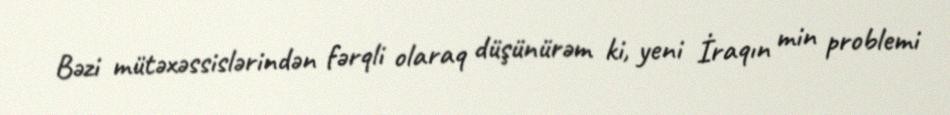
Bəzi mütəxəssislərindən fərqli olaraq düşünürəm ki, yeni İraqın min problemi